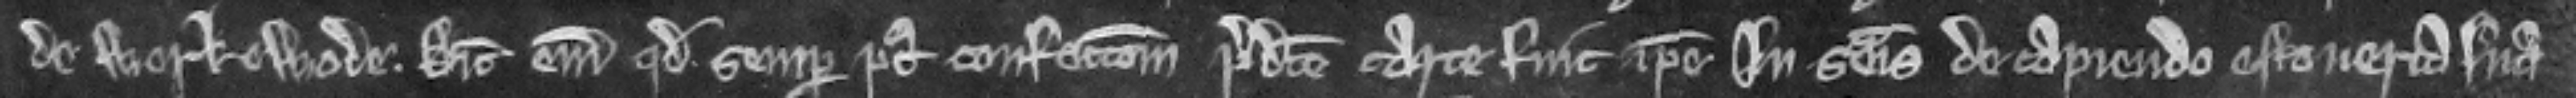
de Werkewode. Dicit enim quod semper post confeccionem predicte carte fuit ipse in seisina de capiendo estoveria sua